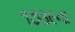
૧૭૩૯ના